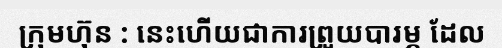
ក្រុមហ៊ុន : នេះហើយជាការព្រួយបារម្ភ ដែល